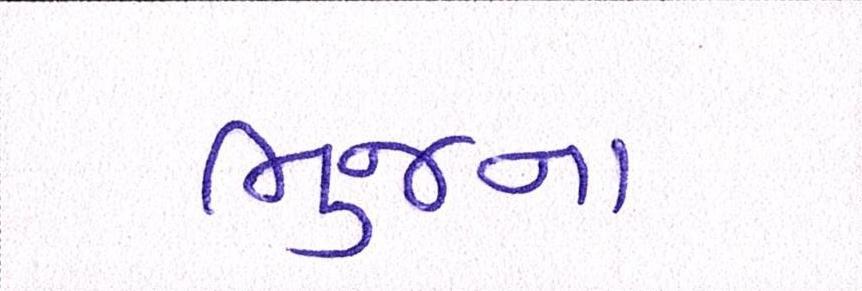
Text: ભુજના